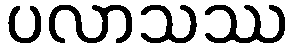
ပလာသဿ